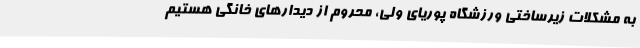
به مشکلات زیرساختی ورزشگاه پوریای ولی، محروم از دیدارهای خانگی هستیم